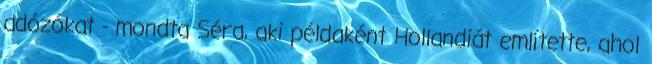
adózókat - mondta Séra, aki példaként Hollandiát említette, ahol